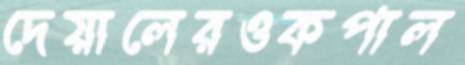
দেয়ালেরওকপাল